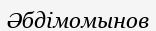
Әбдімомынов